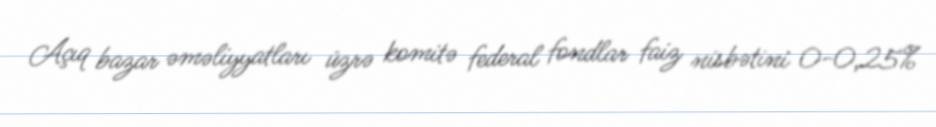
Açıq bazar əməliyyatları üzrə komitə federal fondlar faiz nisbətini 0-0,25%